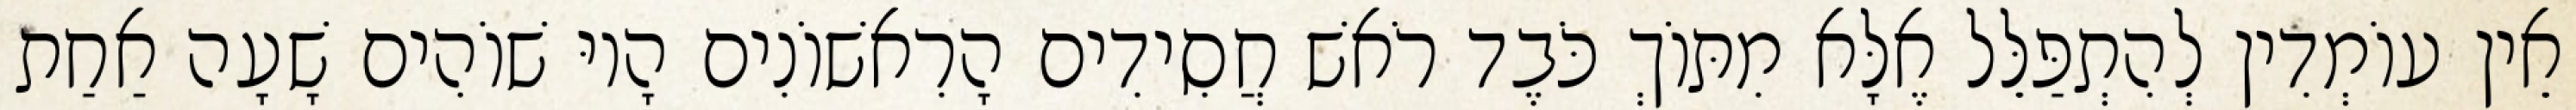
אֵין עוֹמְדִין לְהִתְפַּלֵּל אֶלָּא מִתּוֹךְ כֹּבֶד רֹאשׁ חֲסִידִים הָרִאשׁוֹנִים הָיוּ שׁוֹהִים שָׁעָה אַחַת